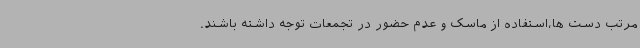
مرتب دست ها،استفاده از ماسک و عدم حضور در تجمعات توجه داشته باشند.